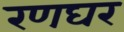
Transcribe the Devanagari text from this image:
रणघर